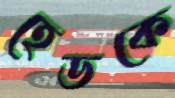
হেডকে